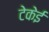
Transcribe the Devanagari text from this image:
टेकेई